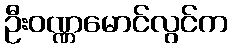
ဦးဝဏ္ဏမောင်လွင်က